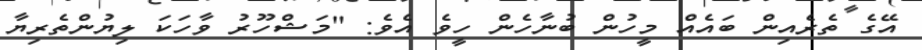
އޭގެ ތެރެއިން ބައެއް މީހުން ބުނާހެން ހީވެ އެވެ: "މަޝްހޫރު ވާހަކަ ލިޔުންތެރިޔާ